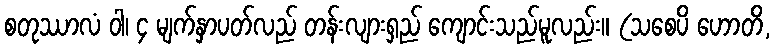
စတုဿာလံ ဝါ၊ ၄ မျက်နှာပတ်လည် တန်းလျားရှည် ကျောင်းသည်မူလည်း။ (သစေပိ ဟောတိ,